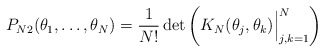
\begin{align*}P_{N 2}(\theta_1,\ldots,\theta_N)={1\over N!}\det\left( K_N(\theta_j,\theta_k)\Bigr\vert_{j,k=1}^N\right)\end{align*}